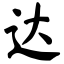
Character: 达